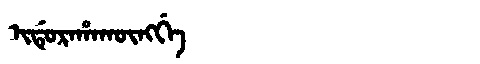
Manchu: ᡳᡩᡠᡵᠠᡥᠠᡴᡡᠩᡤᡝ
Romanization: IDURAHAKŪNGGE